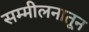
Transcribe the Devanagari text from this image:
सम्मीलनातून